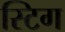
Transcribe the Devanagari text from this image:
स्टिग